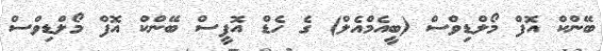
ބޭންކް އޮފް މޯލްޑިވްސް (ބީއެމްއެލް) ގެ ހެޑް އޮފީސް ބޭންކް އޮފް މޯލްޑިވްސް